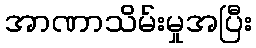
အာဏာသိမ်းမှုအပြီး